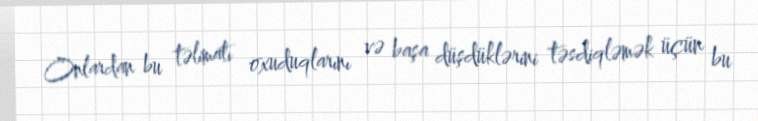
Onlardan bu təlimatı oxuduqlarını və başa düşdüklərini təsdiqləmək üçün bu